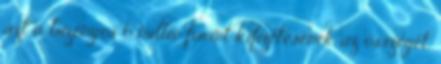
azt a bizonyos 6 millió forint kifizetésének az összegét.